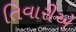
તિવારીએ